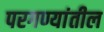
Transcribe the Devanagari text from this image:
परगण्यांतील